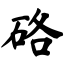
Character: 硌